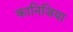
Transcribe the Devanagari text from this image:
कानिजिया